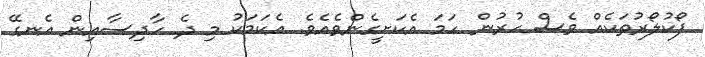
ފޯކުލޯރުތަކެއް ވެސް ހުރުން ހަމަ އެކަށީގެންވެއެވެ. އެކަމަކު މި ދެ ހާދިސާއިން އެނގޭ